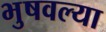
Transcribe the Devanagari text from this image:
भुषवल्या